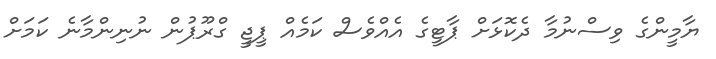
ޔާމީންގެ ވިސްނުމާ ދެކޮޅަށް ޕާޓީގެ އެއްވެސް ކަމެއް ޕީޖީ ގްރޫޕުން ނުނިންމާނެ ކަމަށް